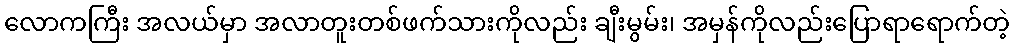
လောကကြီး အလယ်မှာ အလာတူးတစ်ဖက်သားကိုလည်း ချီးမွမ်း၊ အမှန်ကိုလည်းပြောရာရောက်တဲ့